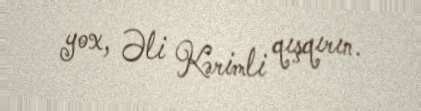
yox, Əli Kərimli qışqırın.